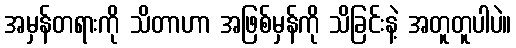
အမှန်တရားကို သိတာဟာ အဖြစ်မှန်ကို သိခြင်းနဲ့ အတူတူပါပဲ။